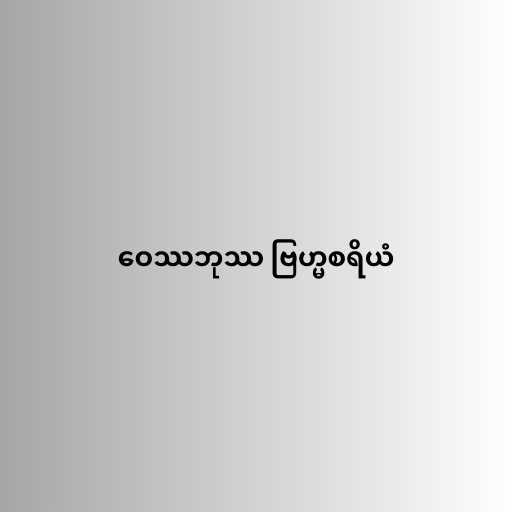
ဝေဿဘုဿ ဗြဟ္မစရိယံ